Vaike-Kullamaa_(Vaikna)_vallavalitsus, lk 16
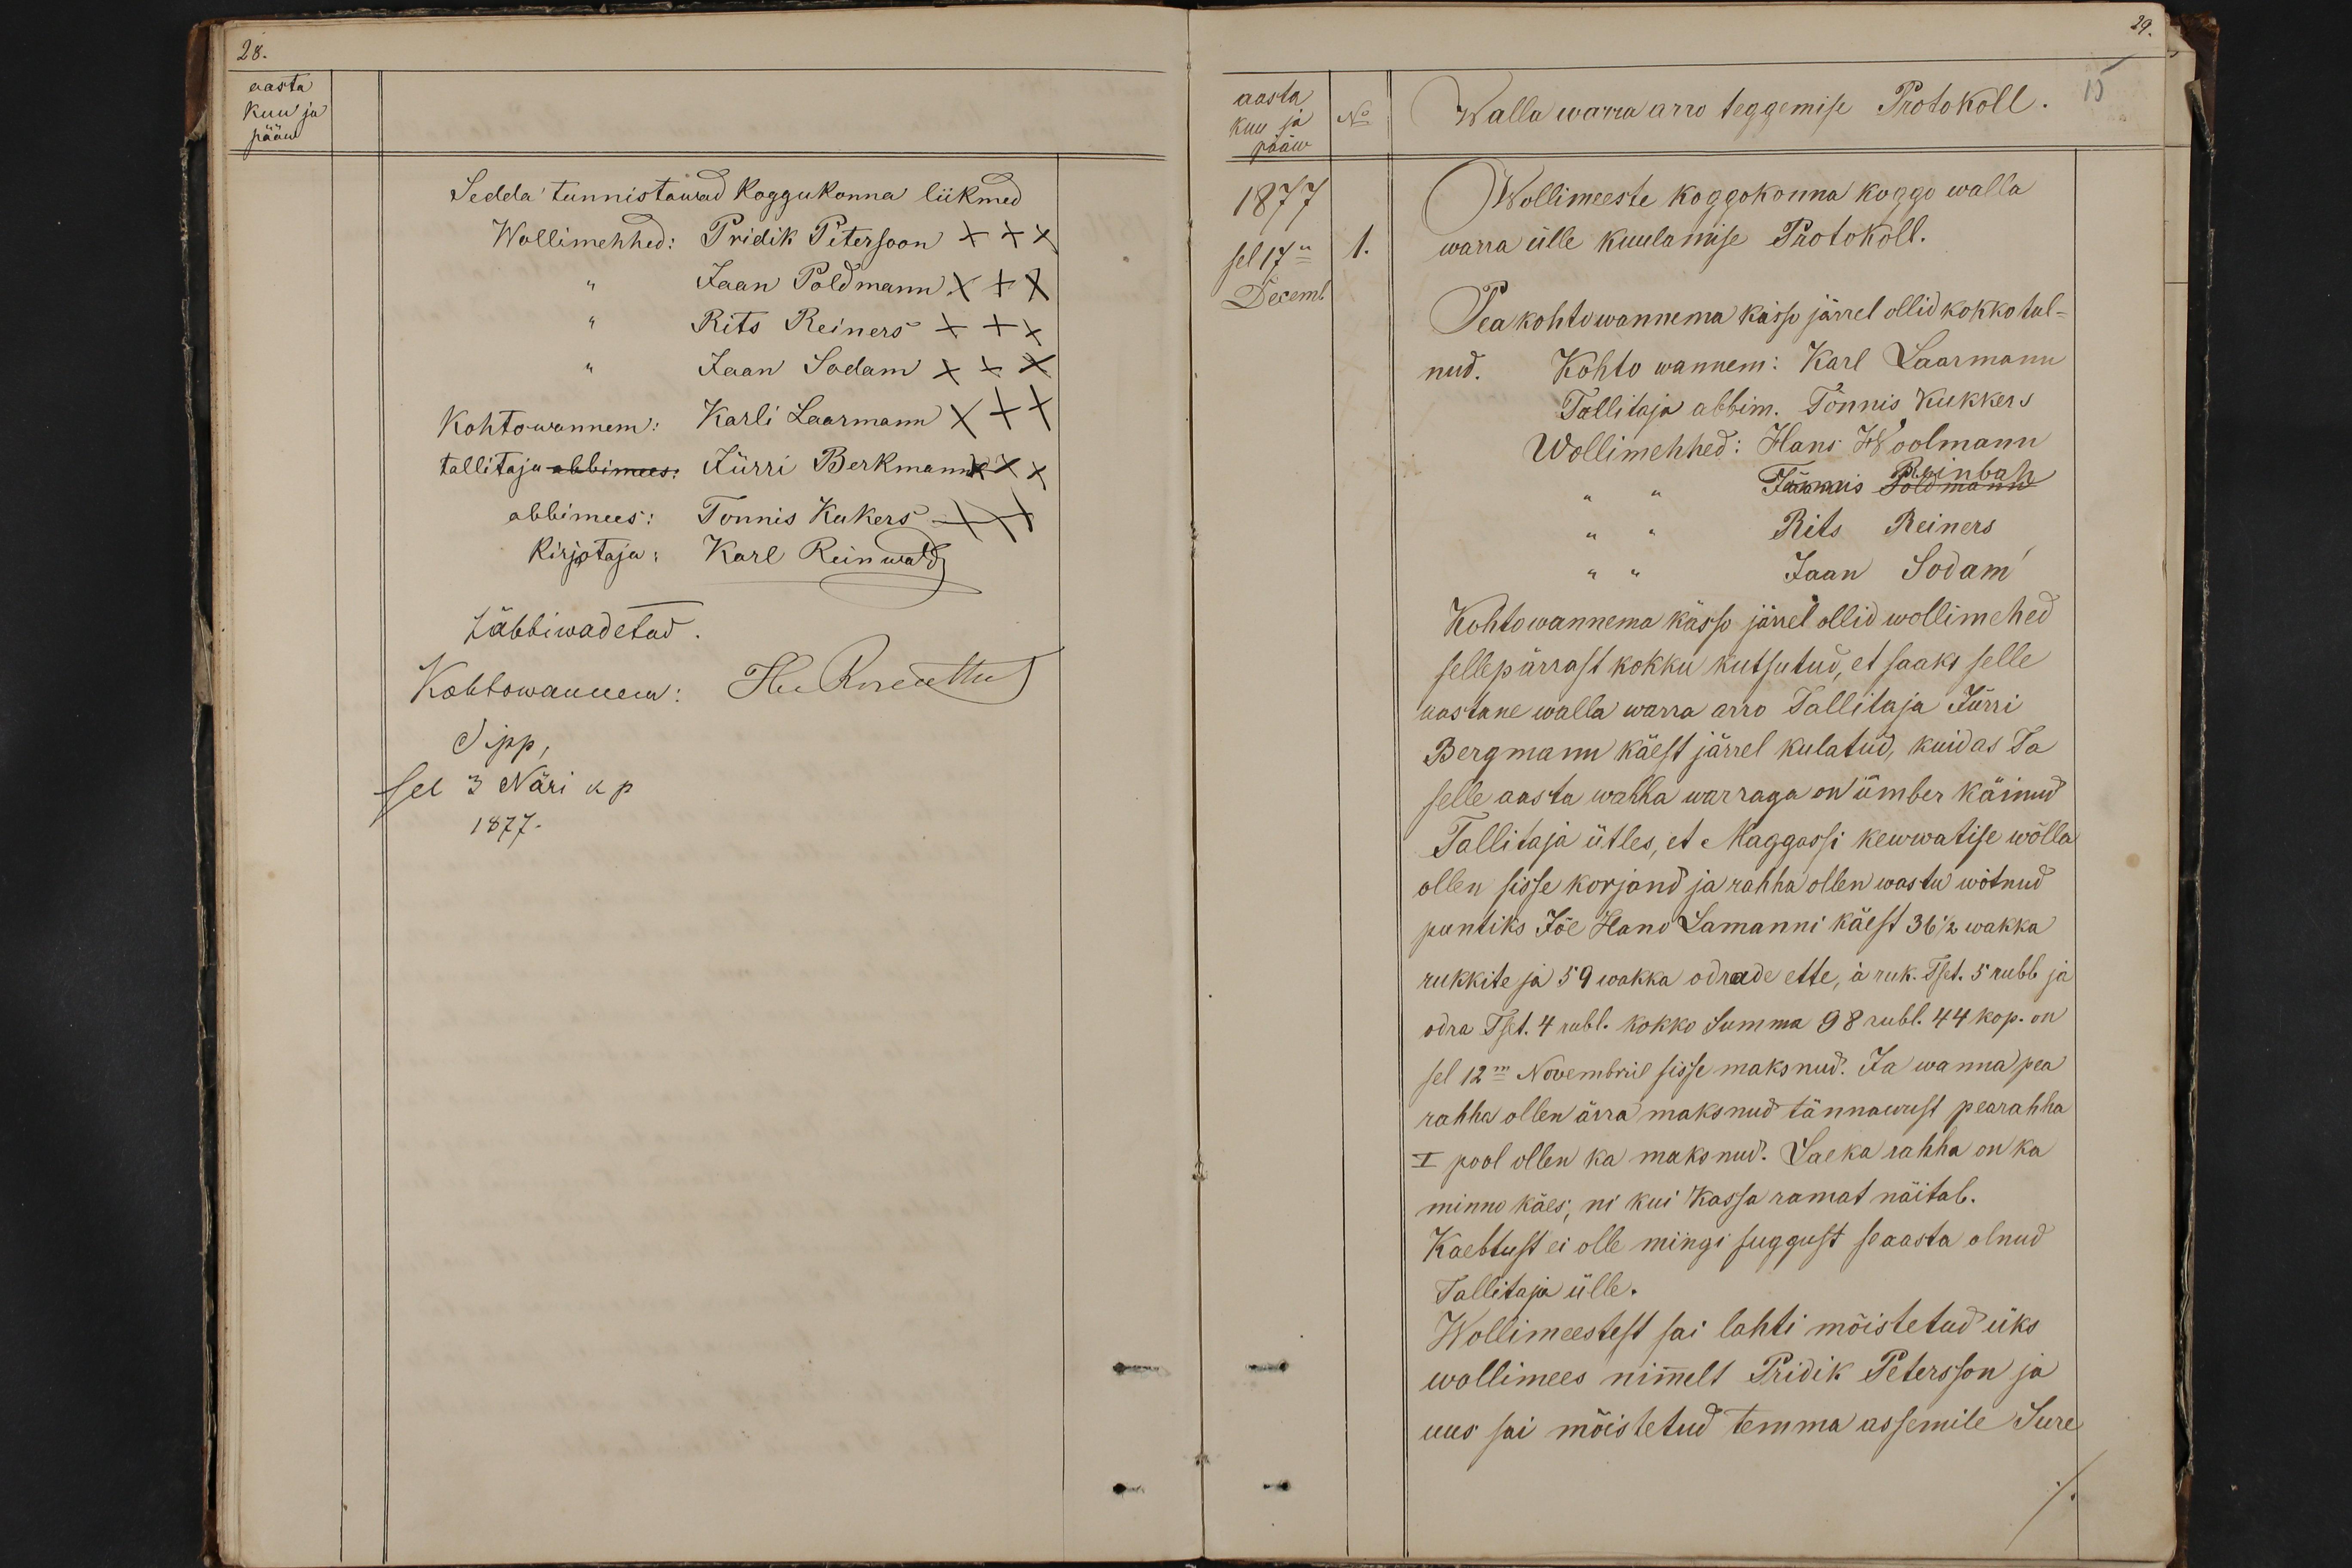
28.
aasta
pääw
kuu ja
Sedda tunnistawad koggukonna liikmed
Wollimehhed: Pridik Peterson +++
Jaan Poldmann XXX
Rits Reiners XXX
" Jaan Sodam XXX
Kohtowannem: Karli Laarmann XXX
tallitaja abbimees: Jürri Berkmann XXX
abbimees: Tonnis Kukers
Kirjotaja: Karl Reinwald
Läbbiwadetud
Kohtowannem: HuRlirerettut
Sipp,
sel 3 Näri k.p.
1877.

29.
aasta
15
Walla warra arro teggemise Protokoll.
15
kuu ja No
pääw
Walla warra arro teggemise Protokoll.
1877
Wollimeeste koggokonna koggo walla
sel 17mal 1.
warra ülle kuulamise Protokoll.
Decemb
Peakohtu wannema kässo järrel ollid kokko tul-
nud.
Kohto wannem: Karl Laarmann
Tallitaja abbim. Tõnnis Kukkers
Wollimehhed: Hans Woolmann
Jakmus Soldmanud
Rits Reiners
Jaan Sodam
Kohtowannema kässo järrel ollid wollimehed
sellepärrast kokku kutsutud, et saaks selle
aastane walla warra arro Tallitaja Jürri
Bergmann käest järrel kulatud, kuidas Ta
selle aasta walla warraga on ümber käinud
Tallitaja ütles, et Maggassi kewwatise wõlla
ollen sisse korjand ja rahha ollen wastu wõtnud
puntiks Jõe Hano Lamanni käest 36 1/2 wakka
rukkite ja 59 wakka odrade ette, a ruk. Tset. 5 rubb ja
odra Tset. 4 rubl. kokko Summa 98 rubl. 44 kop. on
sel 12m Nowembril sisse maksnud. Ja wanna pea
rahha ollen ärra maksnud tännawust pearahha
I pool ollen ka maksnud. Saeka rahha on ka
minno käes; ni kui Kassa ramat näitab.
Kaebtust ei olle mingi suggust se aasta olnud
Tallitaja ülle.
Wollimeestest sai lahti mõistetud üks
wollimees nimelt Pridik Peterson ja
uus sai mõistetud temma assemile Sure